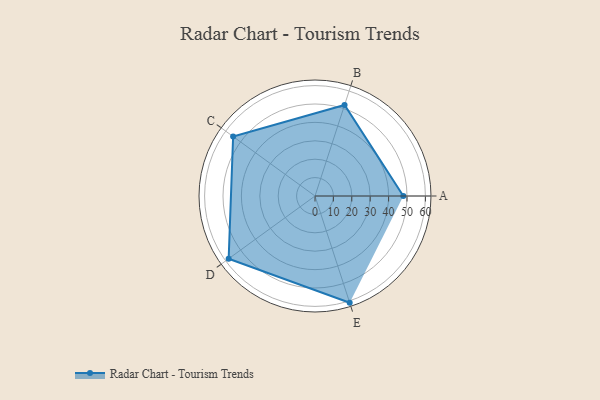
{"axis": {"x": "Skill", "y": "Score"}, "legend": ["Profile"], "data": [{"x": "A", "y": 48.0, "type": "Profile"}, {"x": "B", "y": 52.0, "type": "Profile"}, {"x": "C", "y": 55.0, "type": "Profile"}, {"x": "D", "y": 58.0, "type": "Profile"}, {"x": "E", "y": 61.0, "type": "Profile"}]}